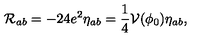
\mathcal { R } _ { a b } = - 2 4 e ^ { 2 } \eta _ { a b } = \frac { 1 } { 4 } \mathcal { V } ( \phi _ { 0 } ) \eta _ { a b } ,